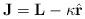
LaTeX: \begin{align*}\mathbf{J}=\mathbf{L}-\kappa\hat{\mathbf{r}}\end{align*}